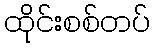
ထိုင်းစစ်တပ်